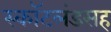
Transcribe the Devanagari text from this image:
स्कॉटलंडसह